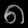
Digit: ၈